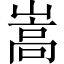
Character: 嵩